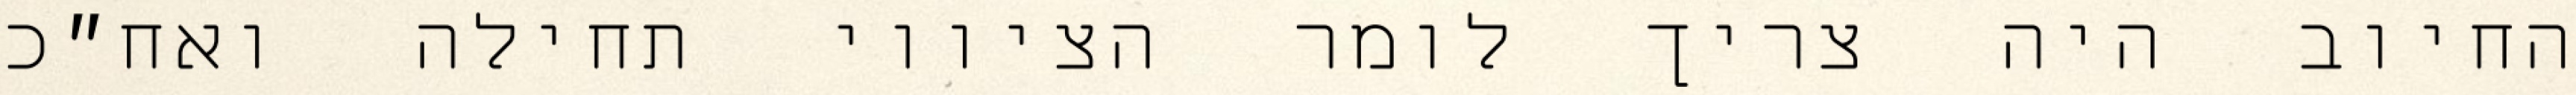
החיוב היה צריך לומר הציווי תחילה ואח״כ